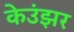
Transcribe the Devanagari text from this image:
केउंझर